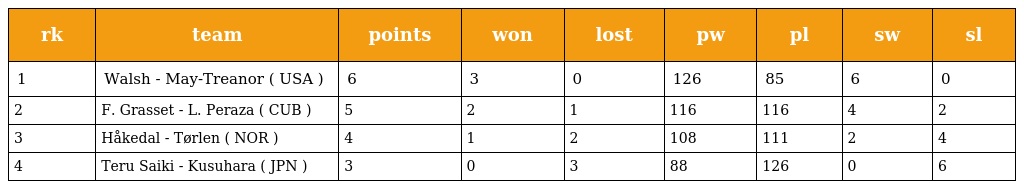
| rk | team | points | won | lost | pw | pl | sw | sl |
 | --- | --- | --- | --- | --- | --- | --- | --- | --- |
 | 1 | Walsh - May-Treanor ( USA ) | 6 | 3 | 0 | 126 | 85 | 6 | 0 |
 | 2 | F. Grasset - L. Peraza ( CUB ) | 5 | 2 | 1 | 116 | 116 | 4 | 2 |
 | 3 | Håkedal - Tørlen ( NOR ) | 4 | 1 | 2 | 108 | 111 | 2 | 4 |
 | 4 | Teru Saiki - Kusuhara ( JPN ) | 3 | 0 | 3 | 88 | 126 | 0 | 6 |